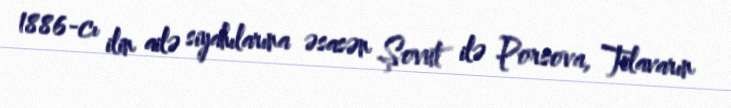
1886-cı ilin ailə siyahılarına əsasən Şovut ilə Porsova, Telavarın